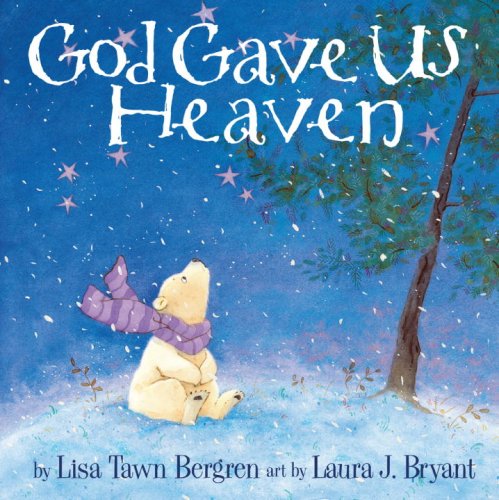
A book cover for God Gave Us Heaven; Lisa T. Bergren; Christian Books & Bibles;